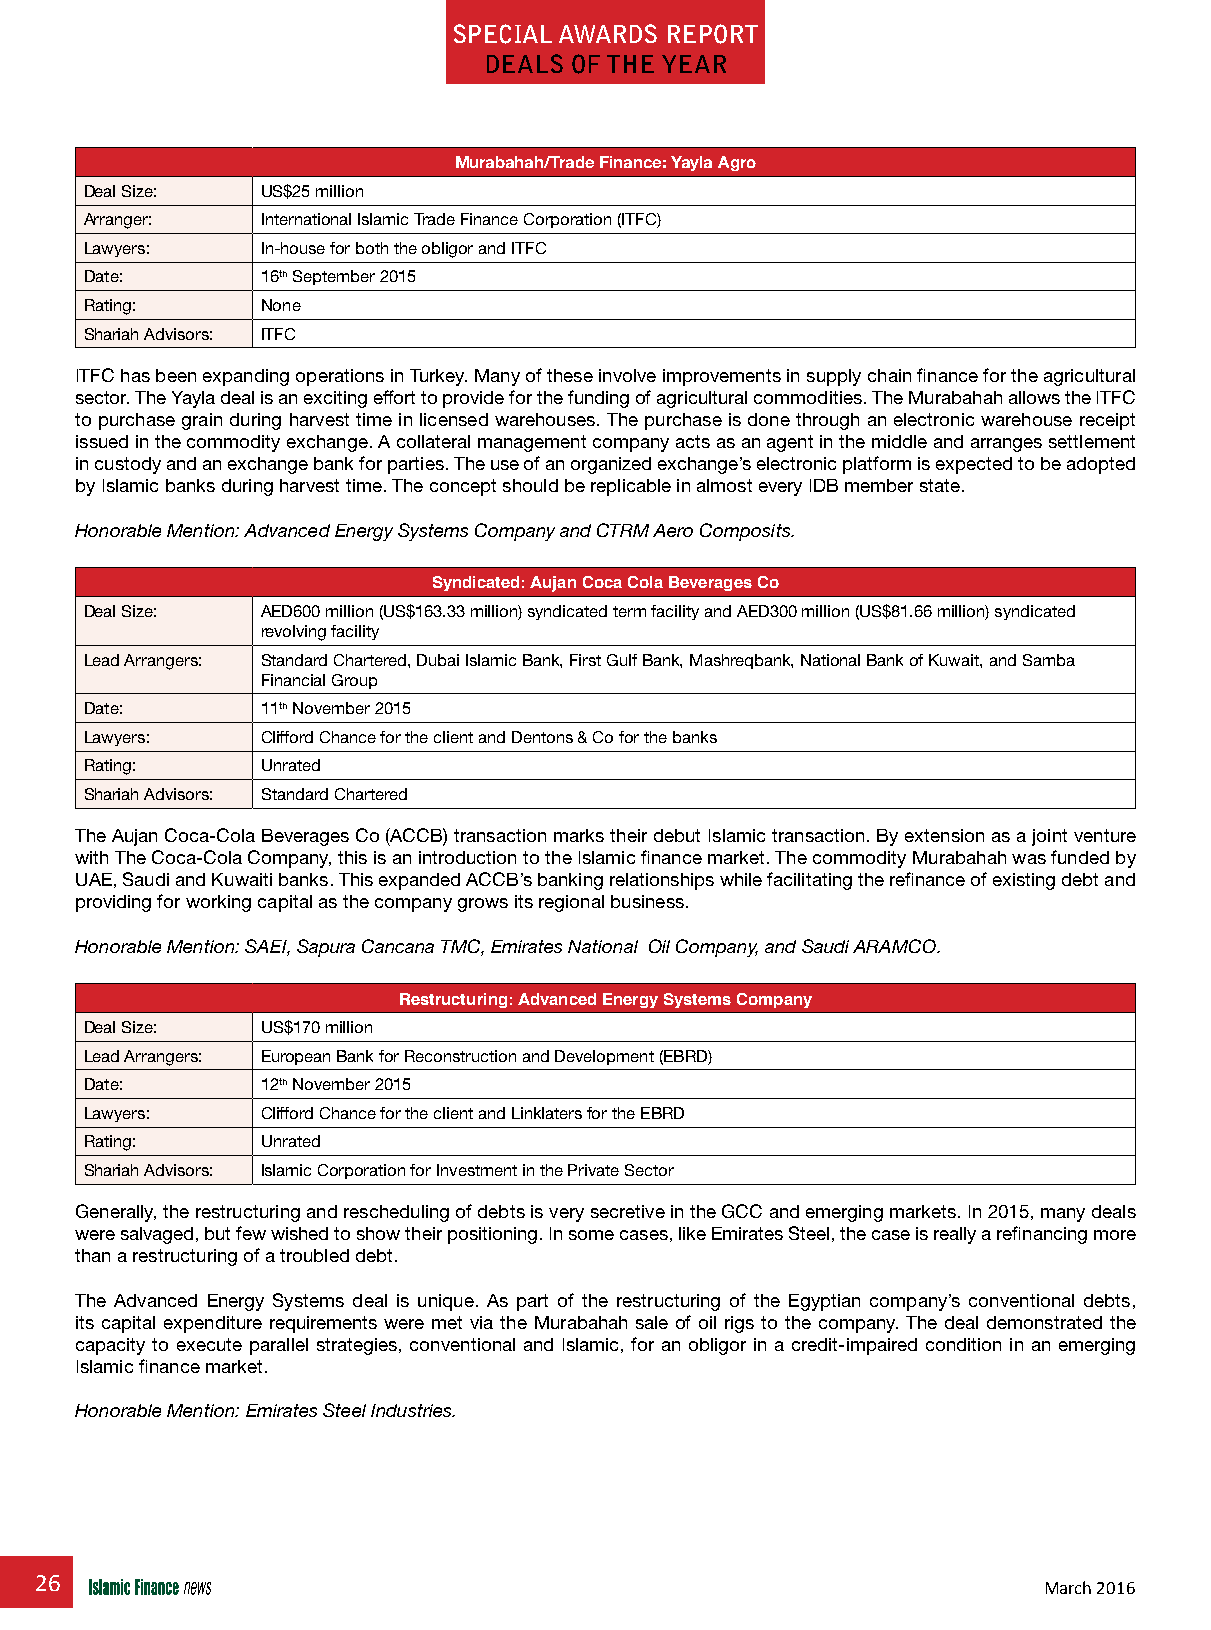
special awards repOrT
 deals OF THe Year
 Murabahah/Trade Finance: Yayla Agro
 Deal Size: US$25 million
 Arranger:  International Islamic Trade Finance Corporation (ITFC)
 Lawyers:   In-house for both the obligor and ITFC
 Date:      16th September 2015
 Rating:    None
 Shariah Advisors: ITFC
 ITFC has been expanding operations in Turkey. Many of these involve improvements in supply chain finance for the agricultural
 sector. The Yayla deal is an exciting effort to provide for the funding of agricultural commodities. The Murabahah allows the ITFC
 to purchase grain during harvest time in licensed warehouses. The purchase is done through an electronic warehouse receipt
 issued in the commodity exchange. A collateral management company acts as an agent in the middle and arranges settlement
 in custody and an exchange bank for parties. The use of an organized exchange’s electronic platform is expected to be adopted
 by Islamic banks during harvest time. The concept should be replicable in almost every IDB member state.
 Honorable Mention: Advanced Energy Systems Company and CTRM Aero Composits.
 Syndicated: Aujan Coca Cola Beverages Co
 Deal Size: AED600 million (US$163.33 million) syndicated term facility and AED300 million (US$81.66 million) syndicated
 revolving facility
 Lead Arrangers: Standard Chartered, Dubai Islamic Bank, First Gulf Bank, Mashreqbank, National Bank of Kuwait, and Samba
 Financial Group
 Date:      11th November 2015
 Lawyers:   Clifford Chance for the client and Dentons & Co for the banks
 Rating:    Unrated
 Shariah Advisors: Standard Chartered
 The Aujan Coca-Cola Beverages Co (ACCB) transaction marks their debut Islamic transaction. By extension as a joint venture
 with The Coca-Cola Company, this is an introduction to the Islamic finance market. The commodity Murabahah was funded by
 UAE, Saudi and Kuwaiti banks. This expanded ACCB’s banking relationships while facilitating the refinance of existing debt and
 providing for working capital as the company grows its regional business.
 Honorable Mention: SAEI, Sapura Cancana TMC, Emirates National Oil Company, and Saudi ARAMCO.
 restructuring: Advanced Energy Systems Company
 Deal Size: US$170 million
 Lead Arrangers: European Bank for Reconstruction and Development (EBRD)
 Date:      12th November 2015
 Lawyers:   Clifford Chance for the client and Linklaters for the EBRD
 Rating:    Unrated
 Shariah Advisors: Islamic Corporation for Investment in the Private Sector
 Generally, the restructuring and rescheduling of debts is very secretive in the GCC and emerging markets. In 2015, many deals
 were salvaged, but few wished to show their positioning. In some cases, like Emirates Steel, the case is really a refinancing more
 than a restructuring of a troubled debt.
 The Advanced Energy Systems deal is unique. As part of the restructuring of the Egyptian company’s conventional debts,
 its capital expenditure requirements were met via the Murabahah sale of oil rigs to the company. The deal demonstrated the
 capacity to execute parallel strategies, conventional and Islamic, for an obligor in a credit-impaired condition in an emerging
 Islamic finance market.
 Honorable Mention: Emirates Steel Industries.
 26
 March 2016